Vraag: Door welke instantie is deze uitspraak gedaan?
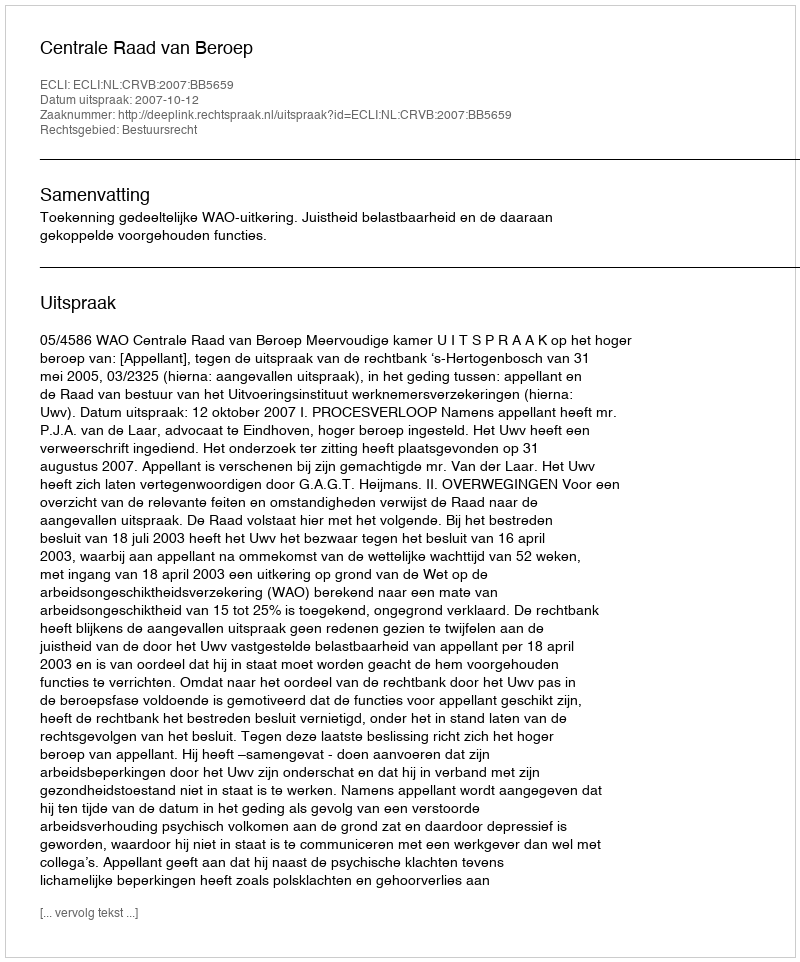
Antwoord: Centrale Raad van Beroep